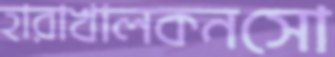
হারাখালকনসো